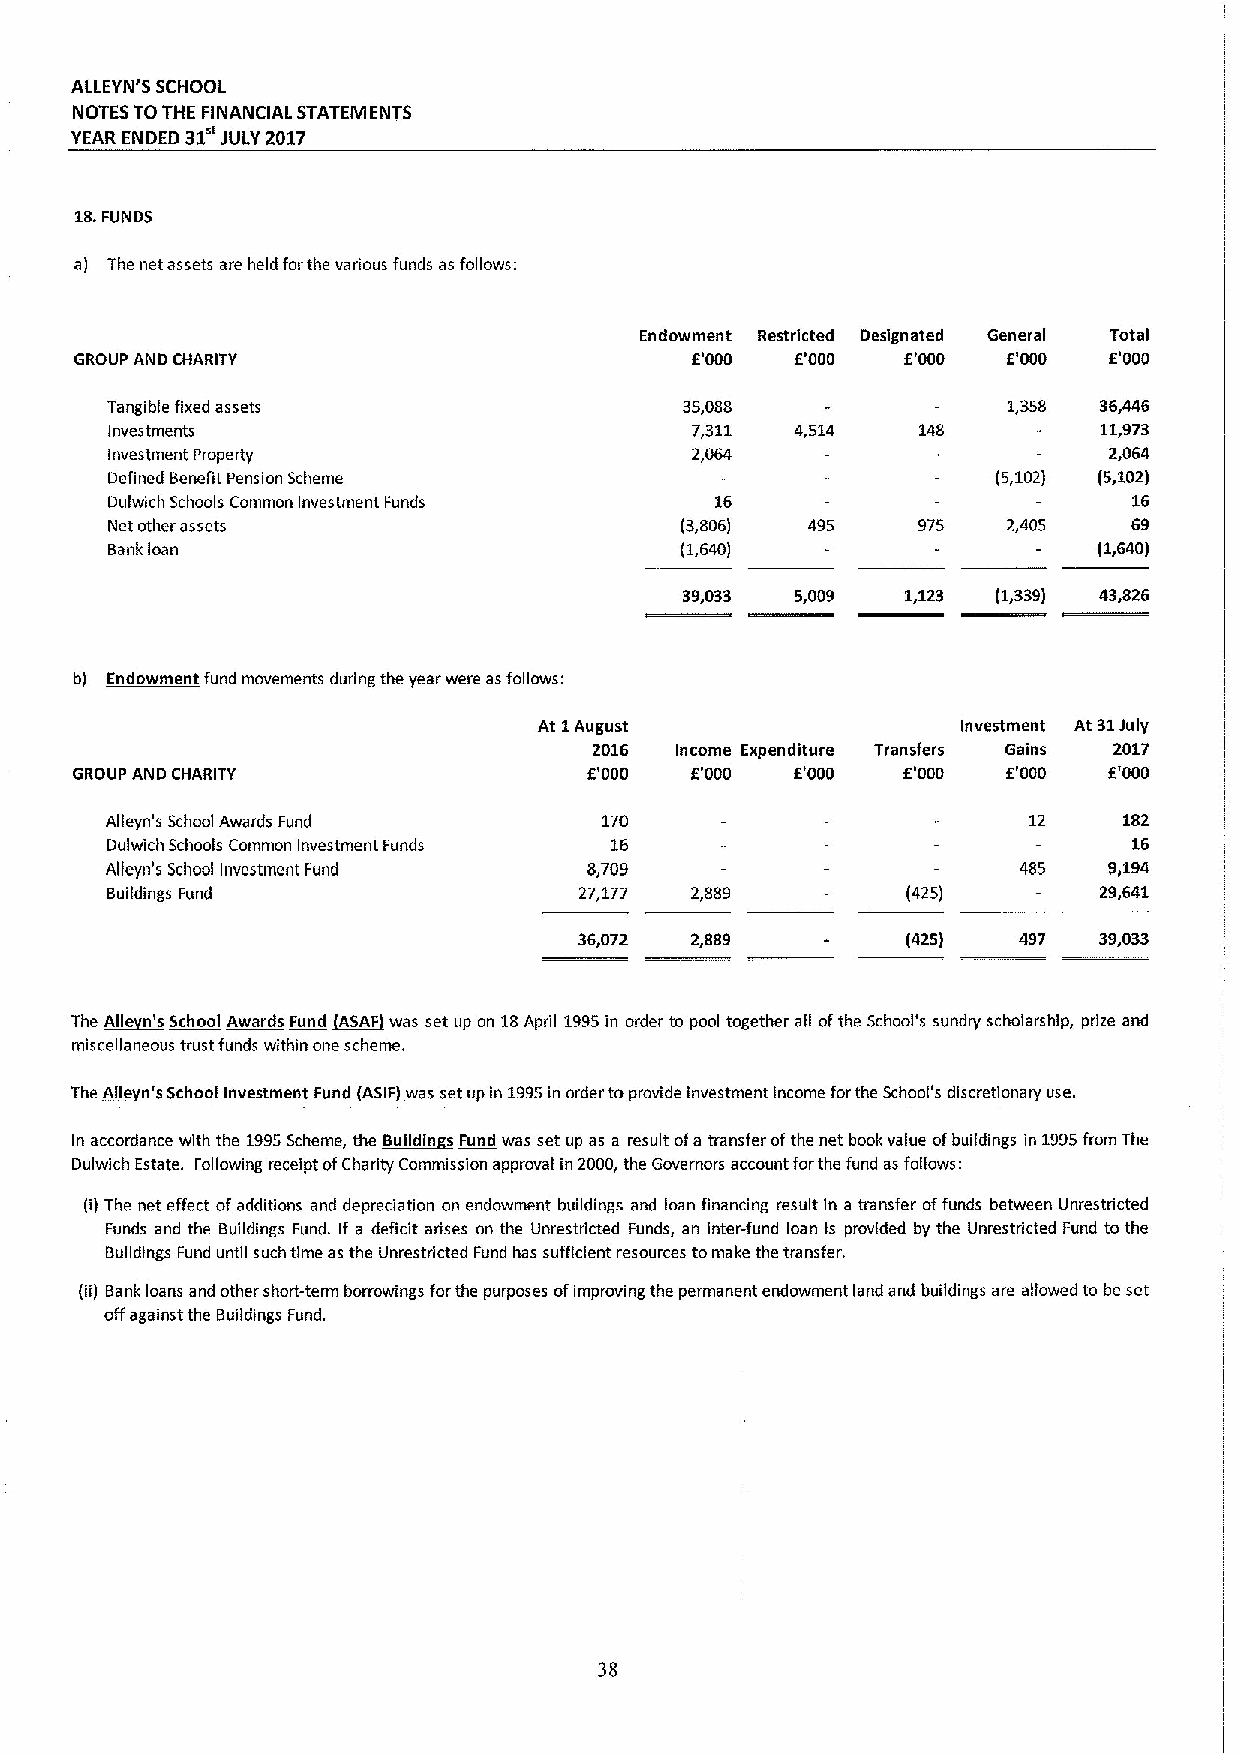
ALLEYN'5 SCHOOL
 NOTES TOTHE FINANCIAL STATEMENTS
 YEAR ENDED 31 JULY 2017
 18.FUNDS
 a) The net assets are held forthe various funds as follows:
 Endowment Restricted Designated General Total
 GROUP AND CHARITY                        E'000  E'000  E'000  E'000 E'000
 Tangible fixed assets                 35,088                1,358 36,446
 Investments                            7,311  4,514   148         11,973
 Investment Property                    2,064                      2,064
 Defined Benefit Pension Scheme                             (5,102) (5,102)
 Dulwich Schools Common Investment Funds 16                          16
 Net other assets                      (3,806) 495     975   2,405   69
 Bankloan                              (1,640)                     (1,640)
 39,033  5,009  1,123 (1,339) 43,826
 b) Endowment fund movements during the year were asfollows:
 At 1August                  Investment At 31July
 2016  Income Expenditure Transfers Gains 2017
 GROUP AND CHARITY                 E'000  E'000  E'000  E'000  E'000 E'000
 Alleyn's School Awards Fund      170                         12    182
 Dulwich Schools Common Investment Funds 16                          16
 Alfeyn's School Investment Fund 8,709                       485   9,194
 Buildings Fund                 27,177  2,889         (425)        29,641
 36,072  2,889         (425)  497   39,033
 The ~Alle n's School Awards Fund ~ASAP was set up an 18April 1995in order to pool together all ofthe School's sundry scholarship, prize and
 miscellaneous trust funds within one scheme.
 The Alle n's School Investment Fund ASIF was set up in 1995in order toprovide investment income forthe School's discretionary use.
 In accordance with the 1995Scheme, the ~Buildin s Fund was set up as a result ofa transfer ofthe net book value ofbuildings in 1995from The
 Dulwich Estate. Following receipt ofCharity Commission approval in 2000, the Governors account forthe fund as follows:
 (i)The net effect ofadditions and depreciation on endowment buildings and loan financing result in a transfer offunds between Unrestricted
 Funds and the Buildings Fund. If a deficit arises an the Unrestdicted Funds, an inter-fund loan is provided by the Unrestdicted Fund to the
 Buildings Fund until such time as the Unrestricted Fund has sufficient resources tomake the transfer.
 (ii) Bank loans and other short-term borrowings far the purposes ofimproving the permanent endowment land and buildings are allowed to be set
 offagainst the Buildings Fund.
 38